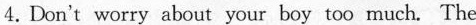
4.Don't worry about your boy too much. The